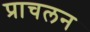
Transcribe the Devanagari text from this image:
प्राचलन